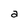
Character: a